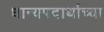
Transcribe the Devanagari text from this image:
धान्यपदार्थाच्या